Eesti_Peakonsulaat_New_Yorgis, lk 2
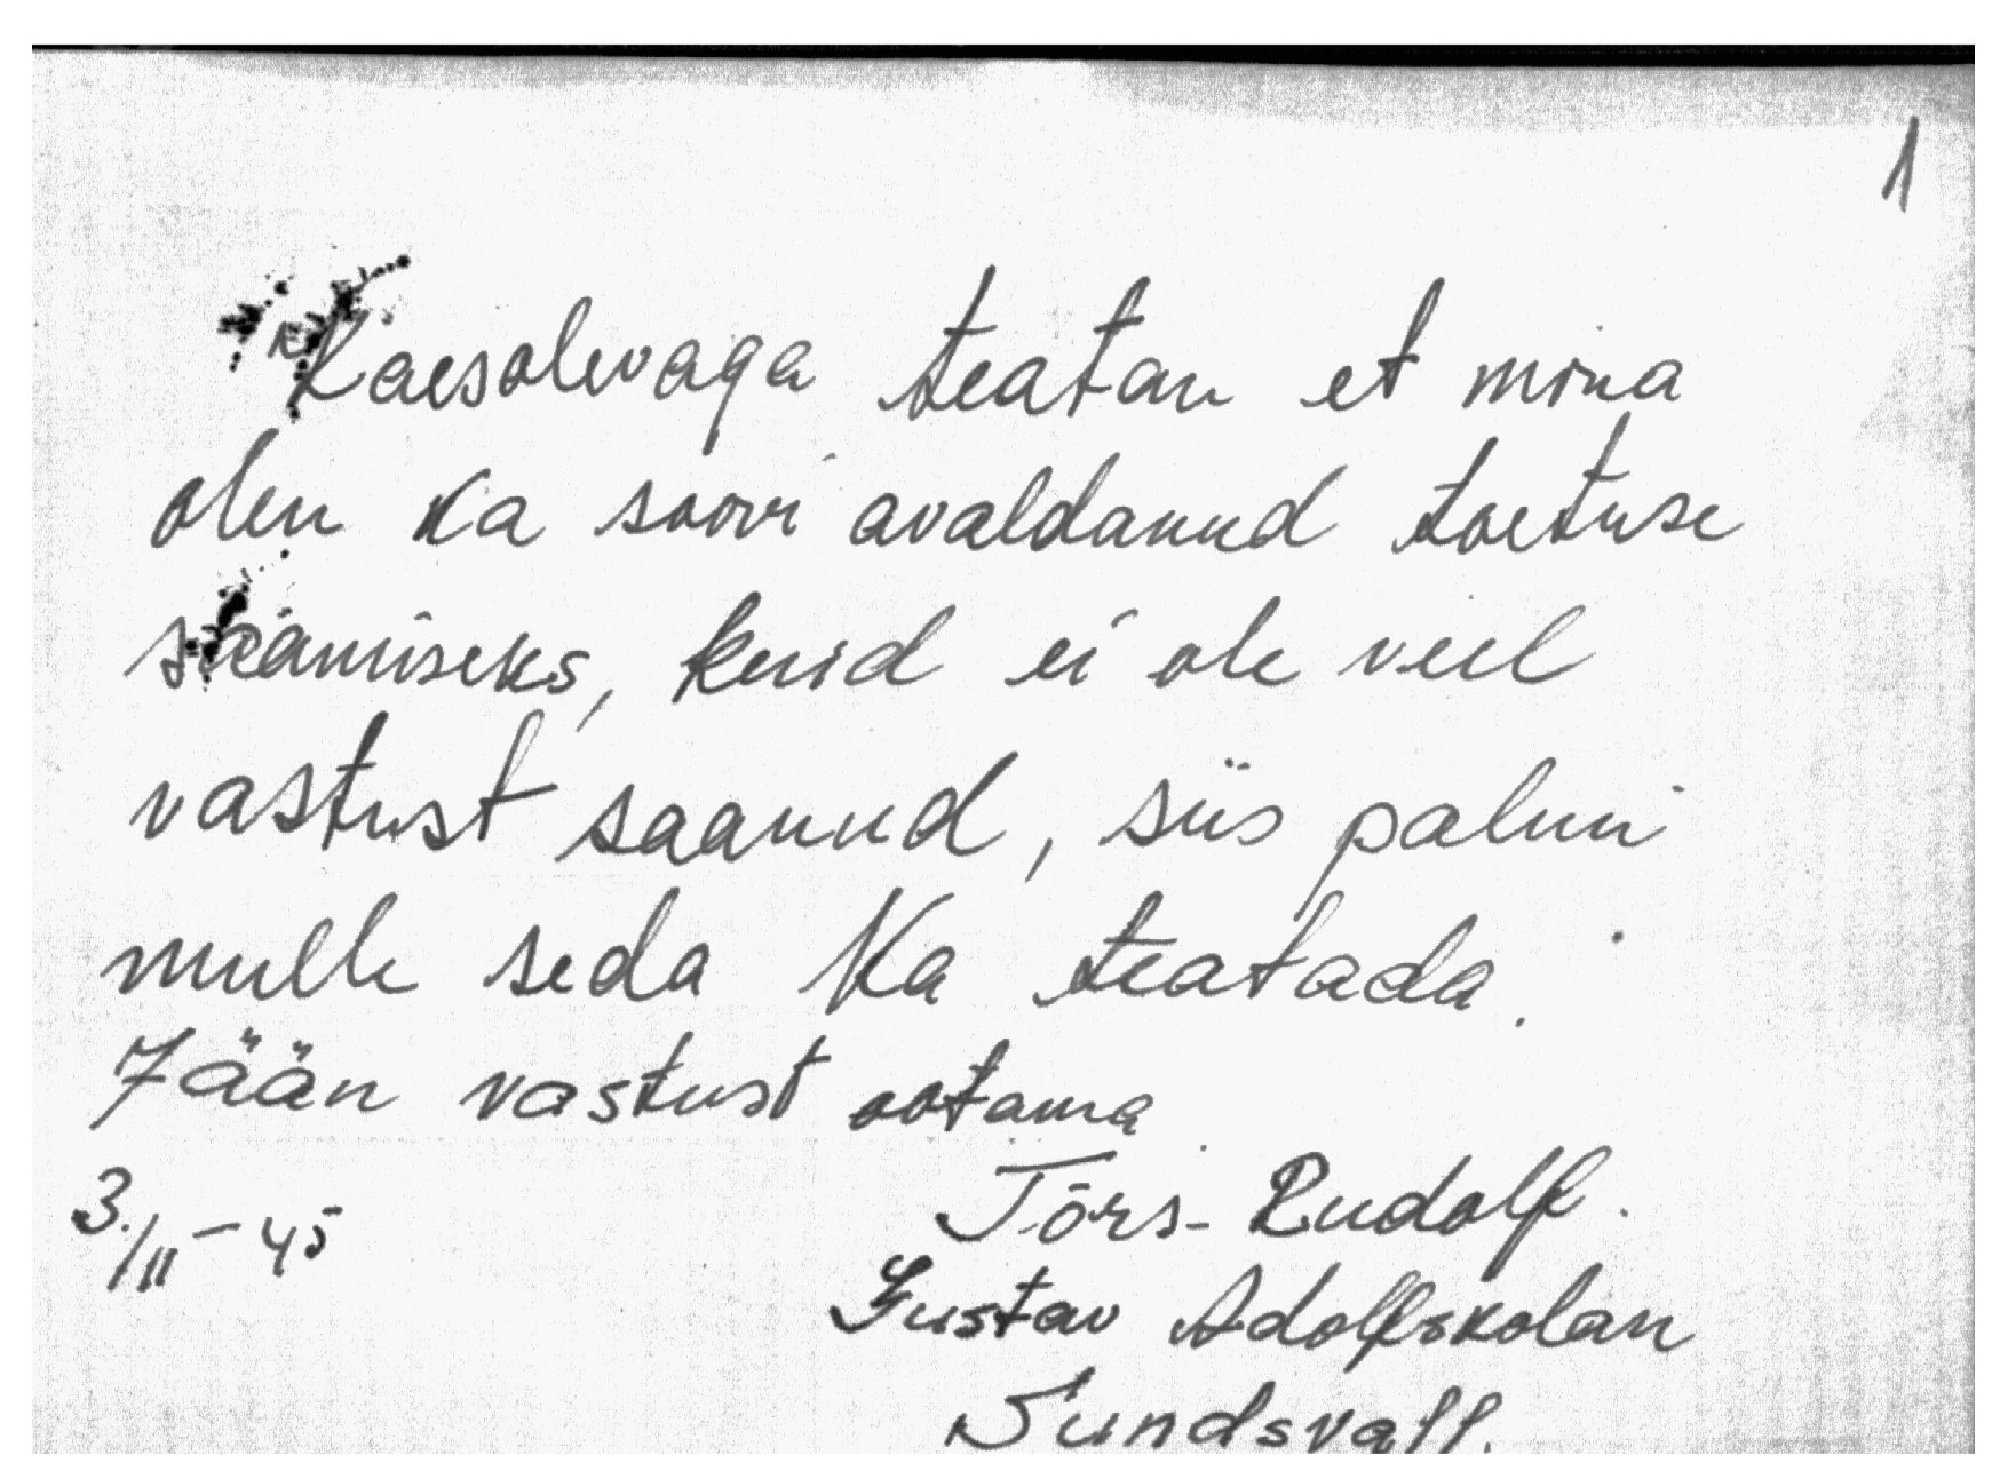
1
Käesolevaga teatan et mina
olen ka soovi avaldanud toetuse
saamiseks, kuid ei ole veel
vastust saanud, siis palun
mulle seda ka teatada
Jään vastust ootama
3. III-45
Tõrs-Rudolf.
Gustav Adolfskolan
Sundsvall.